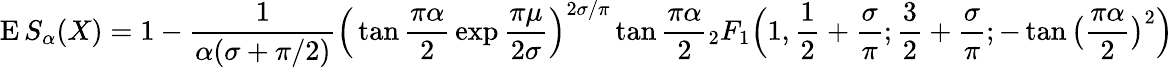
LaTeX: \operatorname{E}S_{\alpha}(X)=1-{\frac{1}{\alpha(\sigma+{\pi/2})}}{\Big(}\tan{\frac{\pi\alpha}{2}}\exp{\frac{\pi\mu}{2\sigma}}{\Big)}^{2\sigma/\pi}\tan{\frac{\pi\alpha}{2}}{_{2}F_{1}}{\Big(}1,{\frac{1}{2}}+{\frac{\sigma}{\pi}};{\frac{3}{2}}+{\frac{\sigma}{\pi}};-\tan{\big(}{\frac{\pi\alpha}{2}}{\big)}^{2}{\Big)}